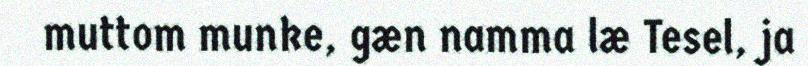
muttom munke, gæn namma læ Tesel, ja